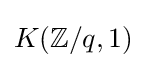
K(\mathbb {Z} /q,1)